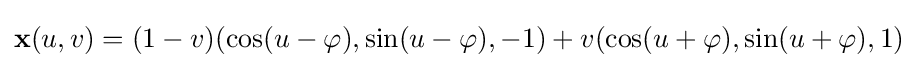
\mathbf {x} (u,v)=(1-v)(\cos(u-\varphi ),\sin(u-\varphi ),-1)+v(\cos(u+\varphi ),\sin(u+\varphi ),1)